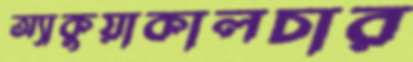
অ্যাকুয়াকালচার